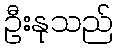
ဦးနုသည်